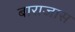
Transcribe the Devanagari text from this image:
बाराजास